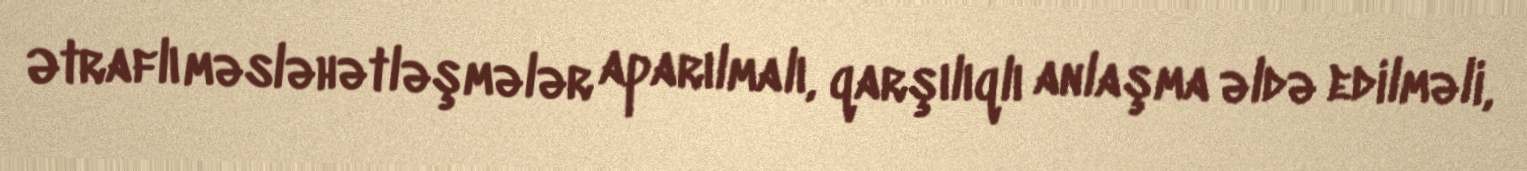
Ətraflı məsləhətləşmələr aparılmalı, qarşılıqlı anlaşma əldə edilməli,